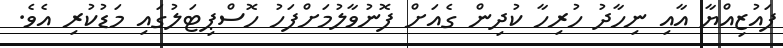
ފައުޒިއްޔާ އާއި ނިހާދު ހުރިހާ ކުދިން ގެއަށް ފޮނުވާލުމަށްފަހު ހޮސްޕިޓަލުގައި މަޑުކުރި އެވެ.